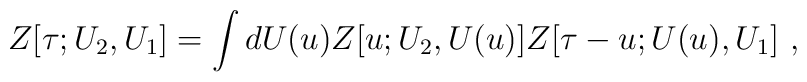
Z[\tau;U_2,U_1]=\int dU(u) Z[u;U_2,U(u)]Z[\tau-u;U(u),U_1]\ ,